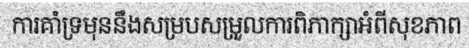
ការគាំទ្រមុននឹងសម្របសម្រួលការពិភាក្សាអំពីសុខភាព